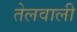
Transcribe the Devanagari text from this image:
तेलवाली